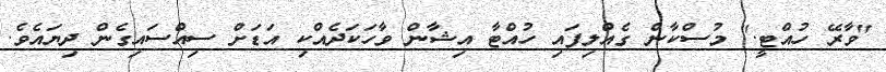
"ވާރޭ ހުއްޓީ." މުސްކާން ގެއްލިފައި ހުއްޓާ އިޝާން ވާހަކަދެއްކި އަޑަށް ސިއްސައިގެން ދިޔައެވެ.